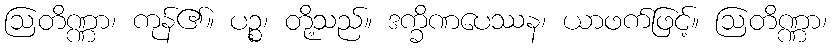
ဩတိဏ္ဏာ၊ ကုန်၏။ ပဉ္စ၊ တို့သည်။ ဒက္ခိဏပေဿန၊ ယာဖက်ဖြင့်။ ဩတိဏ္ဏာ၊